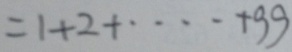
= 1 + 2 + \cdots + 9 9